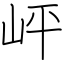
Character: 岼